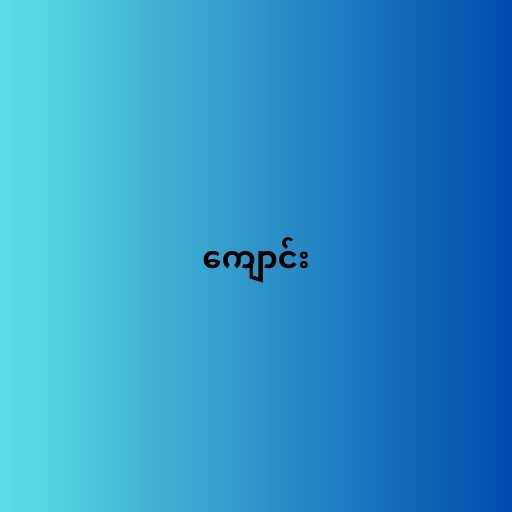
ကျောင်း